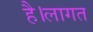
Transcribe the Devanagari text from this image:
है।लागत